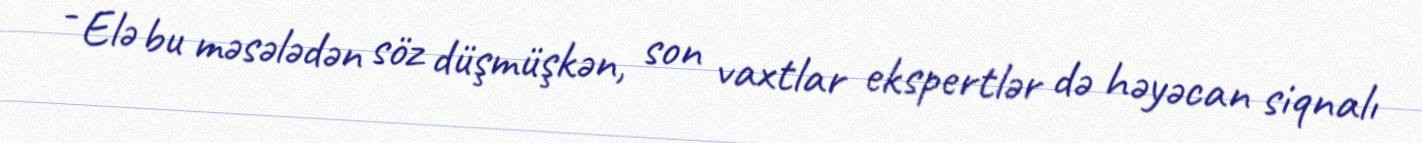
- Elə bu məsələdən söz düşmüşkən, son vaxtlar ekspertlər də həyəcan siqnalı